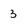
Character: 3